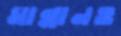
মান্নানও